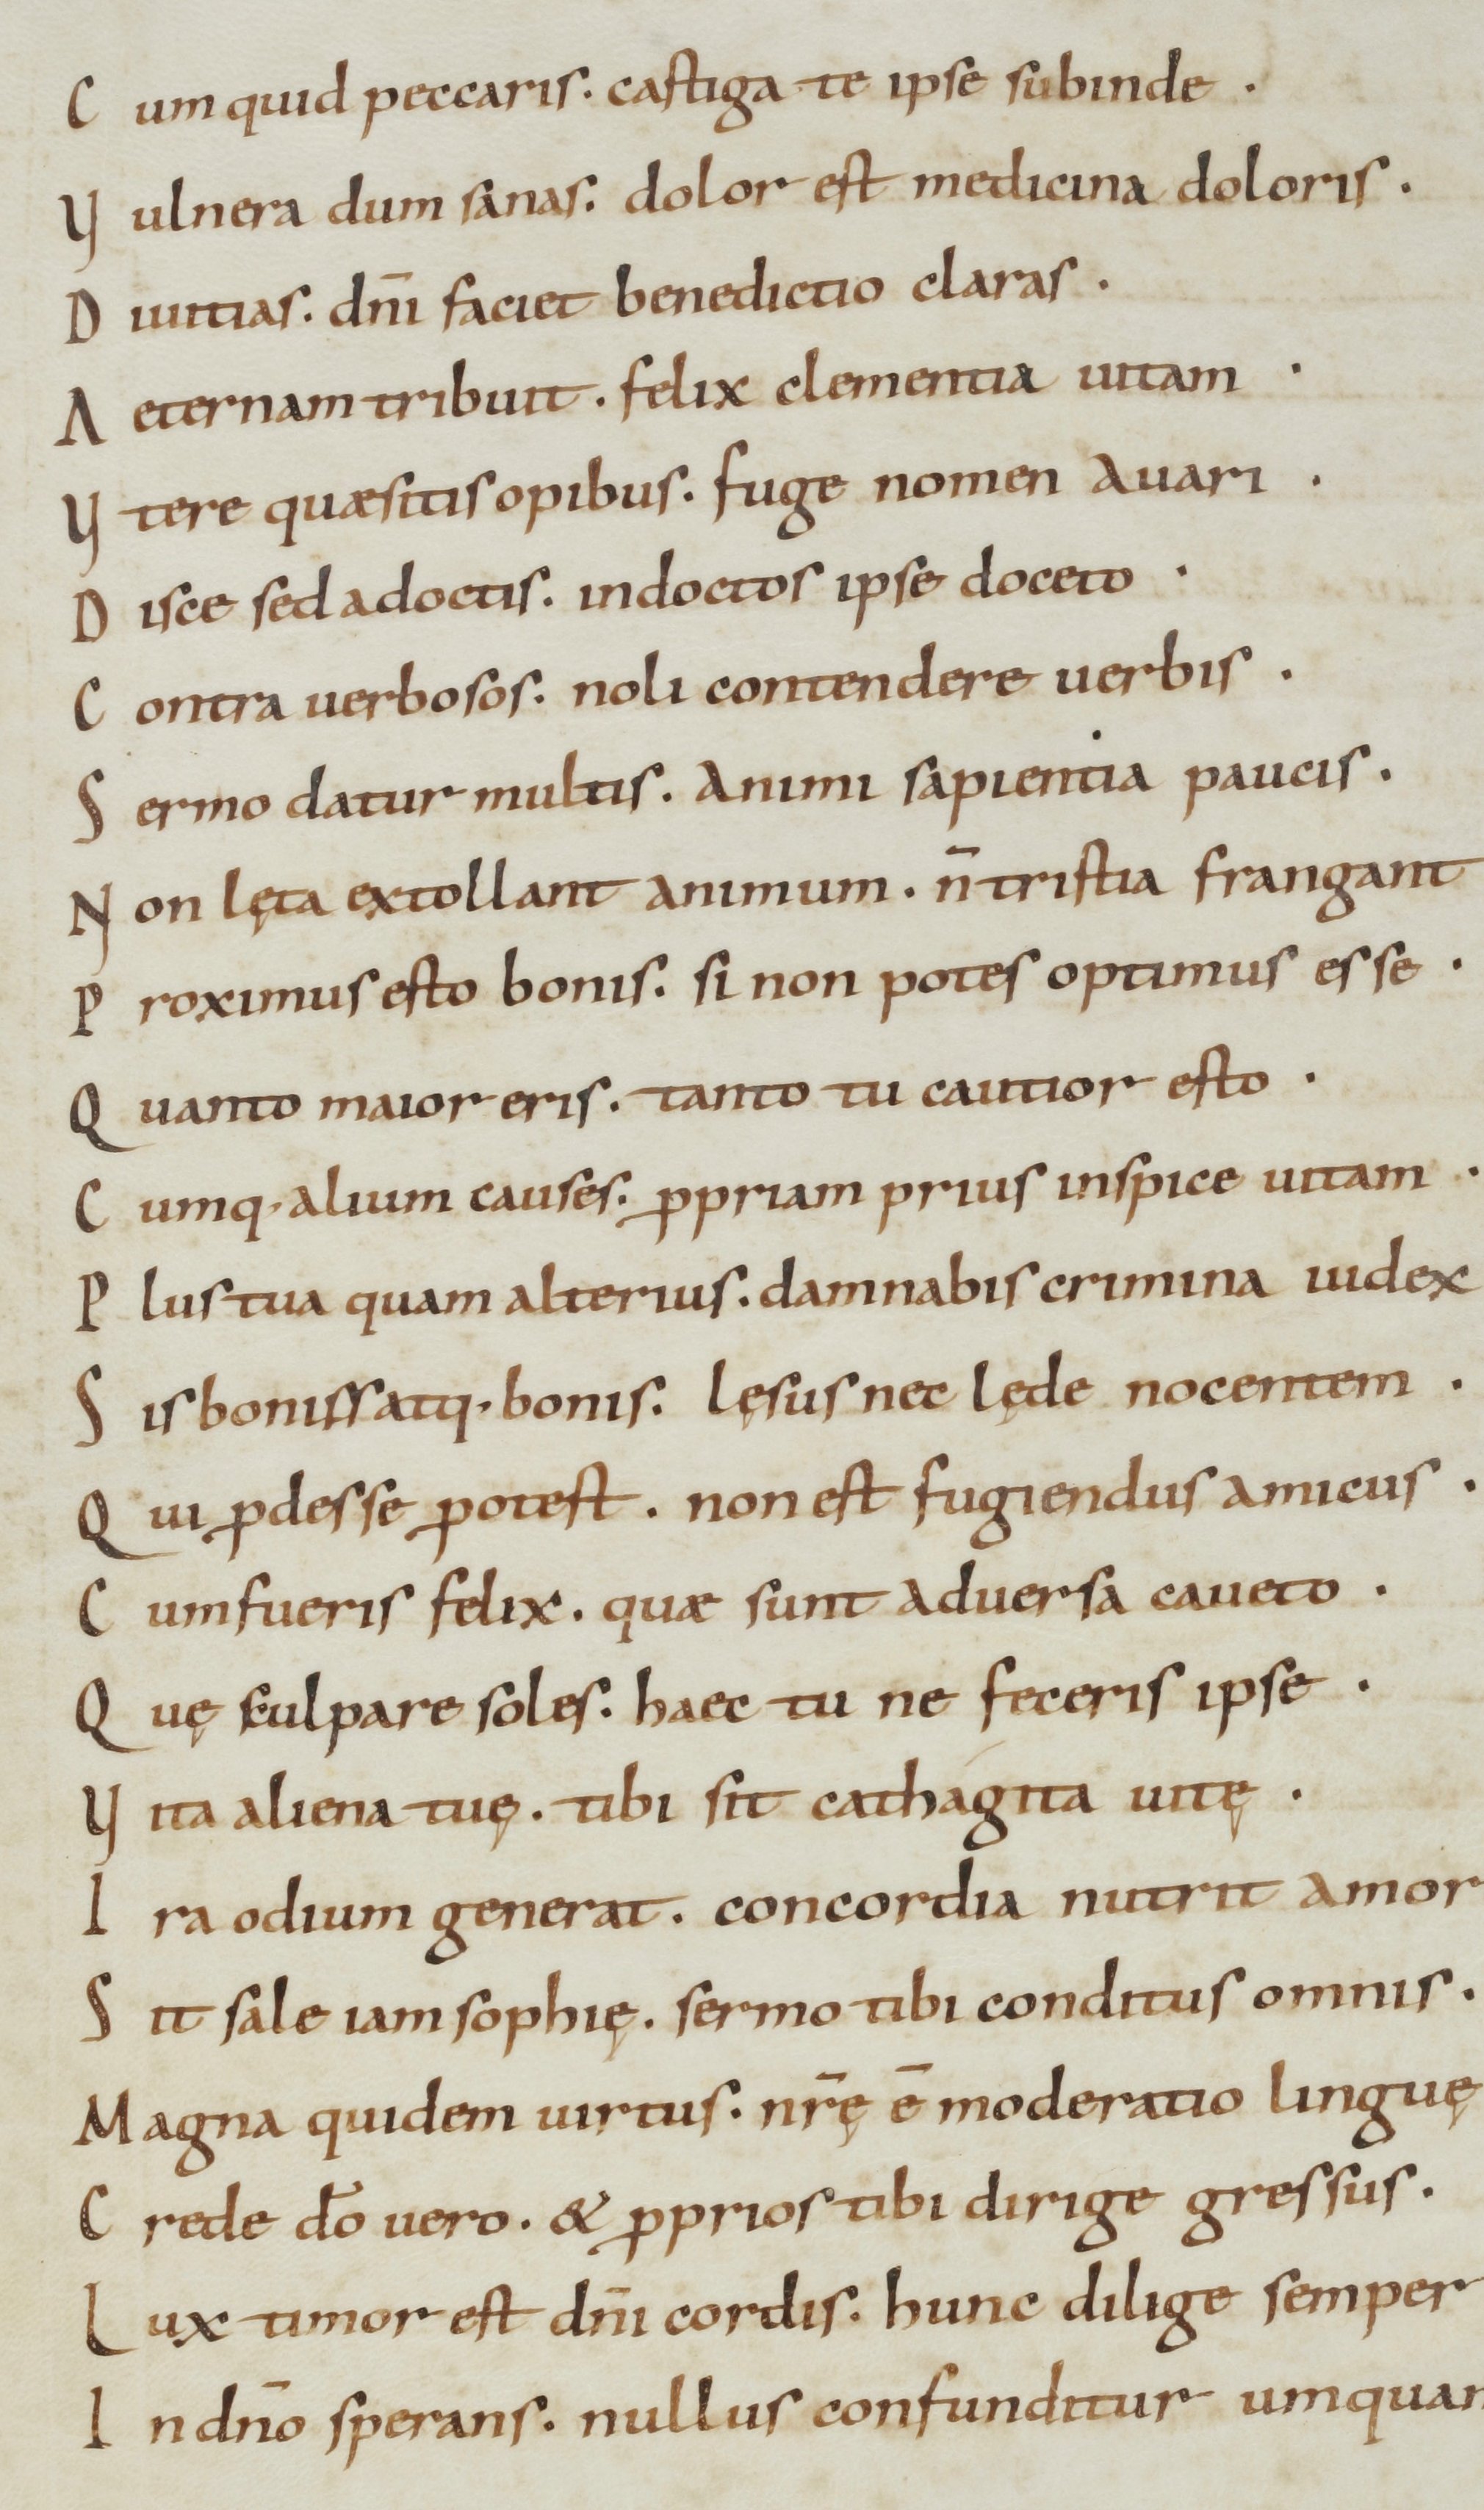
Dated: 800–999